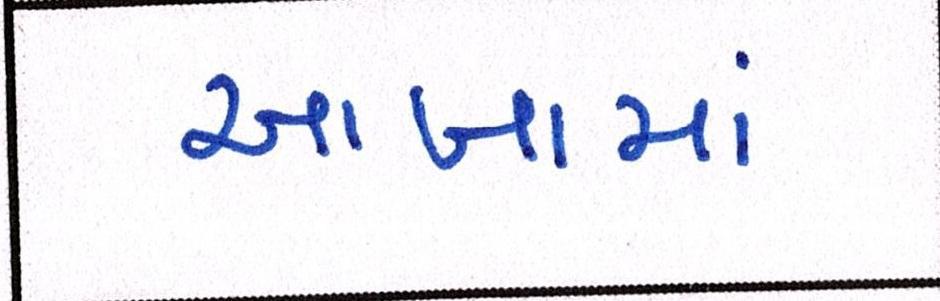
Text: આખામાં